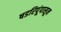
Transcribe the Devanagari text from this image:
षडरिपूंपासून